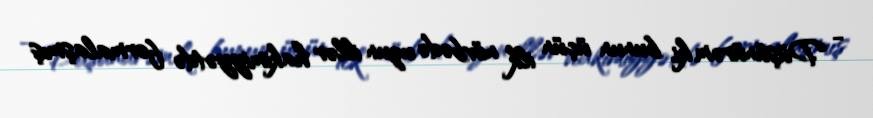
- Düşünürəm ki, bunun üçün ilk növbədə uzun illər hakimiyyətdə formalaşmış